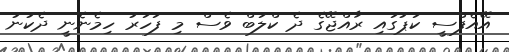
އޭއެފްސީ ކަޕުގައި ރާއްޖޭގެ ދެ ކްލަބް ވެސް މި ފަހަރު ހިމެނެނީ ދެކުނު